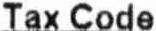
TAX CODE